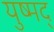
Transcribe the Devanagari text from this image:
युष्मद्